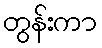
တွန်းကာ